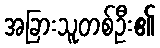
အခြားသူတစ်ဦး၏